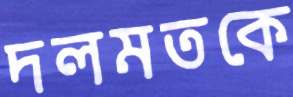
দলমতকে